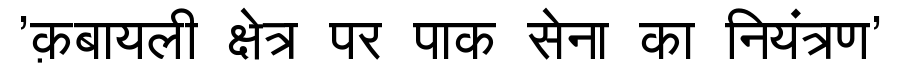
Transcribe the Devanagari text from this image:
'क़बायली क्षेत्र पर पाक सेना का नियंत्रण'